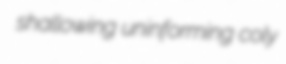
shallowing uninforming coly